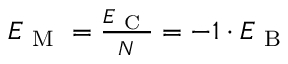
\begin{array} { r } { E _ { \mathrm { ~ M ~ } } = \frac { E _ { \mathrm { ~ C ~ } } } { N } = - 1 \cdot E _ { \mathrm { ~ B ~ } } } \end{array}